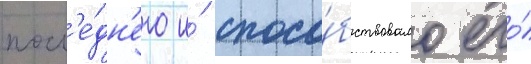
посл'е́дн'его и́ спосо́бствовало его́